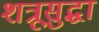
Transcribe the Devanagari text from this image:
शत्रूसुद्धा